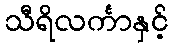
သီရိလင်္ကာနှင့်